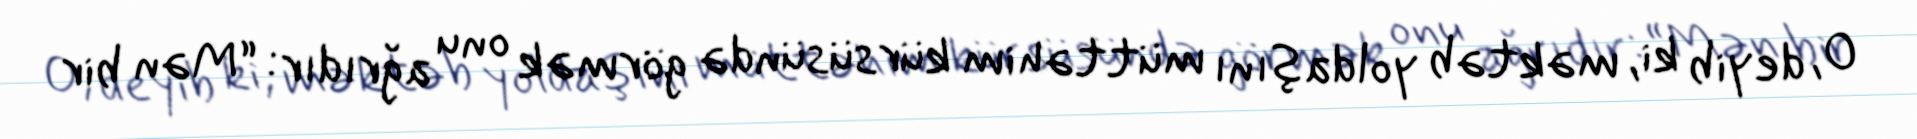
O, deyib ki, məktəb yoldaşını müttəhim kürsüsündə görmək onu ağrıdır: “Mən bir